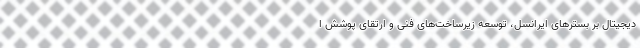
دیجیتال بر بسترهای ایرانسل، توسعه زیرساخت‌های فنی و ارتقای پوشش ا